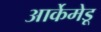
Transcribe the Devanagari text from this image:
आर्केमेडू